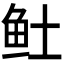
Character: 𬶂